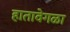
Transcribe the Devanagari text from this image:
हातावेगळा